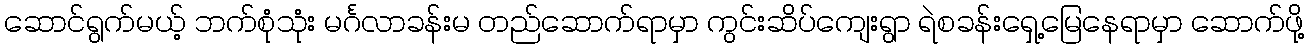
ဆောင်ရွက်မယ့် ဘက်စုံသုံး မင်္ဂလာခန်းမ တည်ဆောက်ရာမှာ ကွင်းဆိပ်ကျေးရွာ ရဲစခန်းရှေ့မြေနေရာမှာ ဆောက်ဖို့